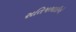
સતિષભાઈએ